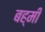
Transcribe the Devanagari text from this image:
बह्मी